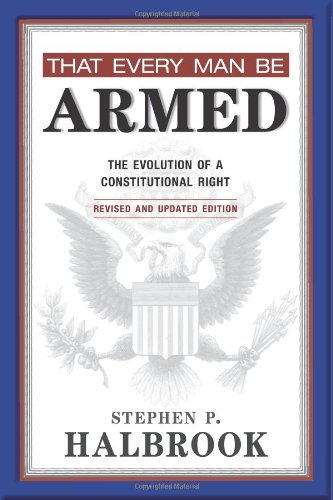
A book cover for That Every Man Be Armed: The Evolution of a Constitutional Right, Revised and Updated Edition; Stephen P. Halbrook; Law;